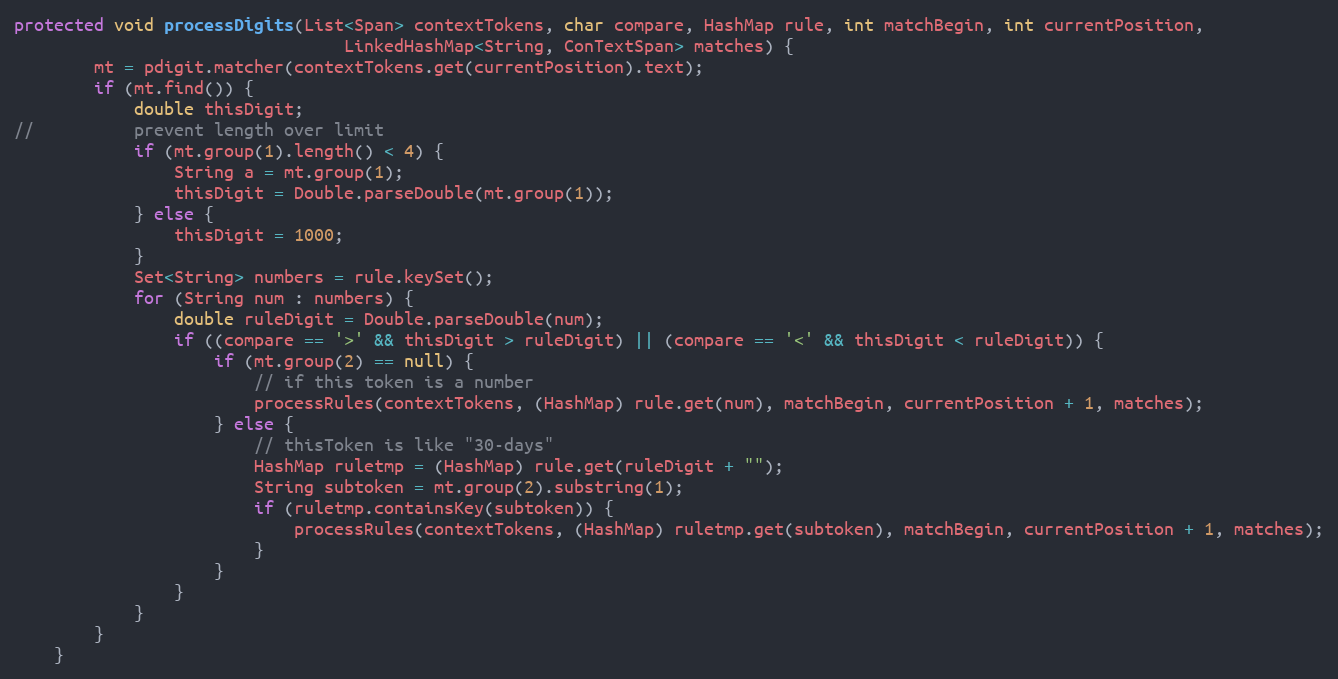
Language: Java
protected void processDigits(List<Span> contextTokens, char compare, HashMap rule, int matchBegin, int currentPosition,
                                 LinkedHashMap<String, ConTextSpan> matches) {
        mt = pdigit.matcher(contextTokens.get(currentPosition).text);
        if (mt.find()) {
            double thisDigit;
//			prevent length over limit
            if (mt.group(1).length() < 4) {
                String a = mt.group(1);
                thisDigit = Double.parseDouble(mt.group(1));
            } else {
                thisDigit = 1000;
            }
            Set<String> numbers = rule.keySet();
            for (String num : numbers) {
                double ruleDigit = Double.parseDouble(num);
                if ((compare == '>' && thisDigit > ruleDigit) || (compare == '<' && thisDigit < ruleDigit)) {
                    if (mt.group(2) == null) {
                        // if this token is a number
                        processRules(contextTokens, (HashMap) rule.get(num), matchBegin, currentPosition + 1, matches);
                    } else {
                        // thisToken is like "30-days"
                        HashMap ruletmp = (HashMap) rule.get(ruleDigit + "");
                        String subtoken = mt.group(2).substring(1);
                        if (ruletmp.containsKey(subtoken)) {
                            processRules(contextTokens, (HashMap) ruletmp.get(subtoken), matchBegin, currentPosition + 1, matches);
                        }
                    }
                }
            }
        }
    }